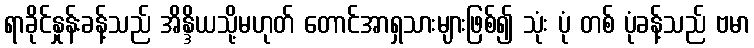
ရာခိုင်နှုန်းခန့်သည် အိန္ဒိယသို့မဟုတ် တောင်အာရှသားများဖြစ်၍ သုံး ပုံ တစ် ပုံခန့်သည် ဗမာ